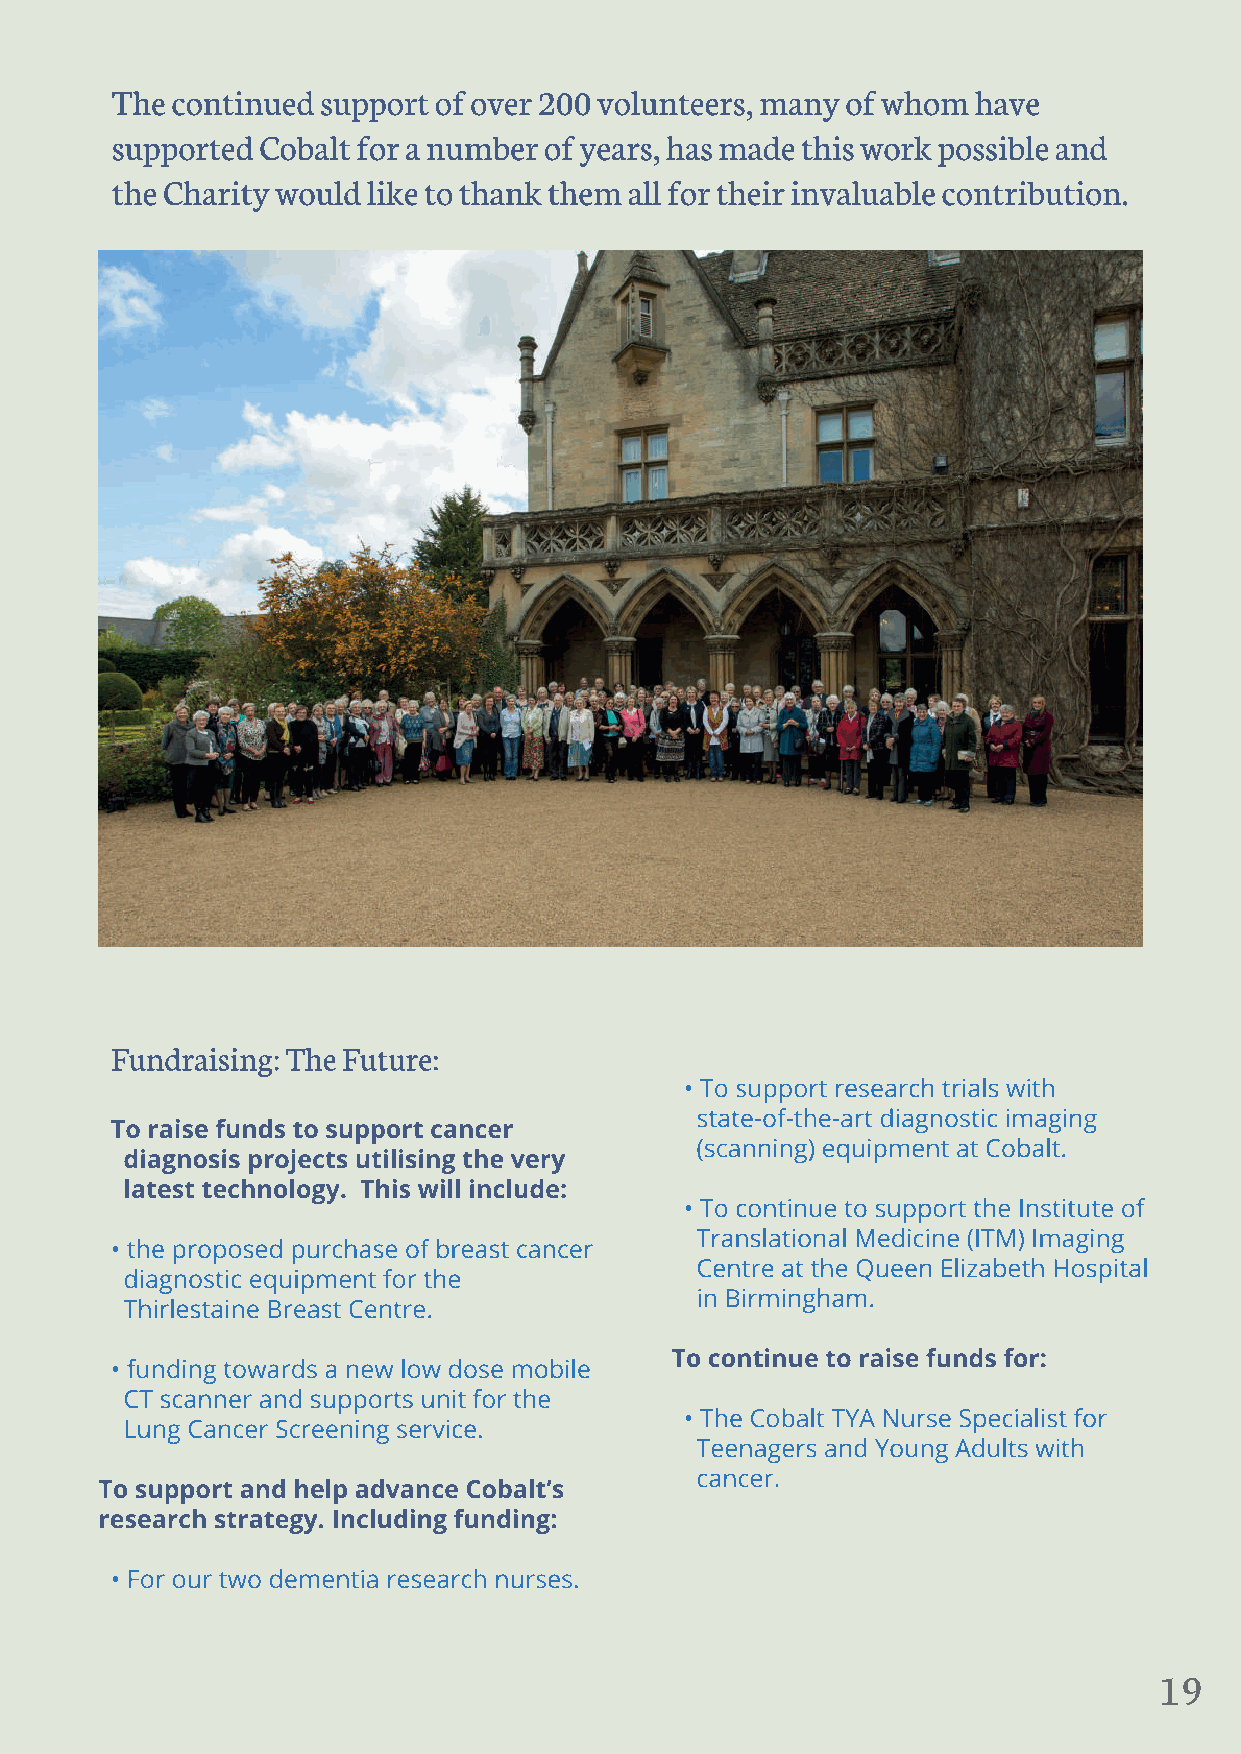
19